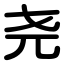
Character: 尧